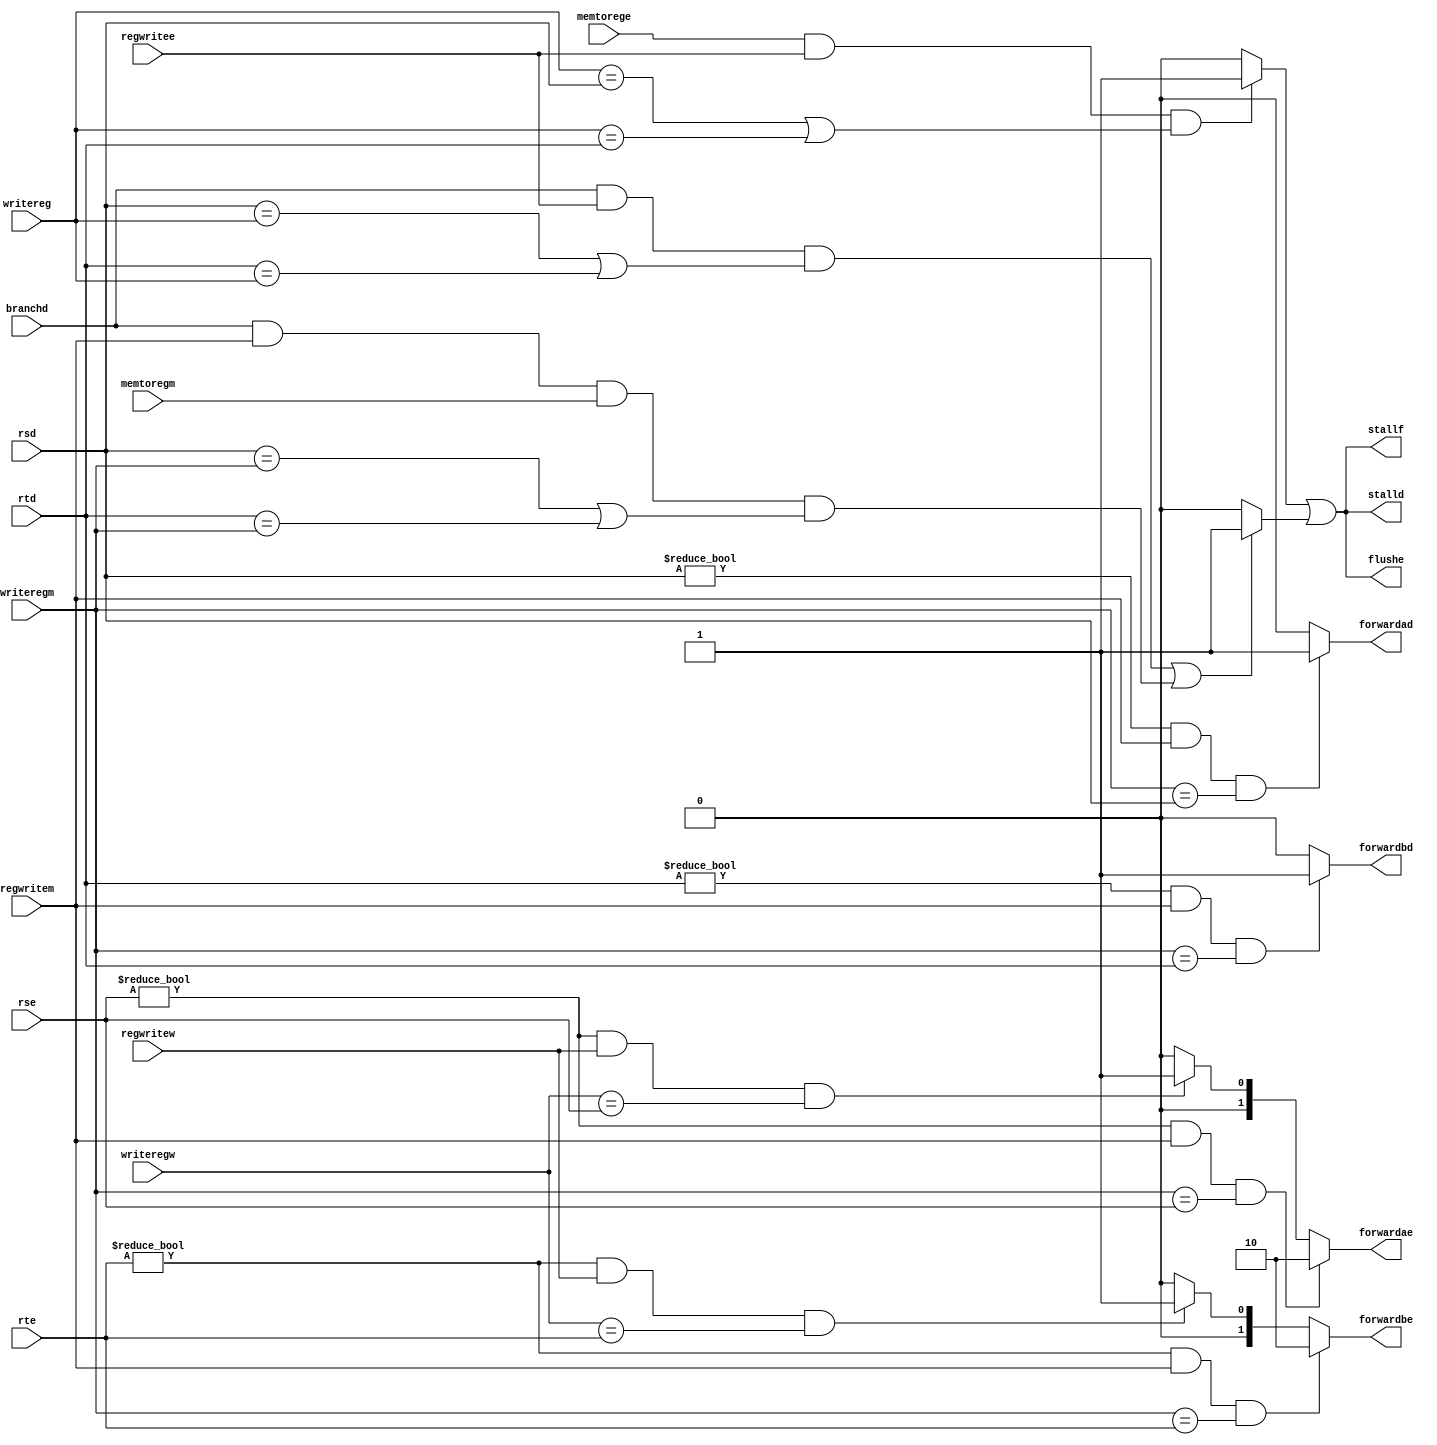
`timescale 1ns / 1ps
module Hazard_Pipeline(stallf, stalld, forwardad, forwardbd, flushe, forwardae, forwardbe, memtorege, regwritee, regwritem, regwritew, branchd, rsd, rtd, rse, rte, writereg, writeregm, memtoregm, writeregw);

	output stallf, stalld, forwardad, forwardbd, flushe;
	output [1:0] forwardae, forwardbe;
	input memtorege, regwritee, regwritem, regwritew, branchd, memtoregm;
	input [4:0] rsd, rtd, rse, rte, writereg, writeregm, writeregw;
	
	// memtorege
	
	wire [4:0]writerege;
	assign writerege = writereg;
	
	wire branchstall;
	
	assign forwardae = ((rse != 5'd0) && regwritem && (writeregm == rse))?2'b10:(((rse != 5'd0) && regwritew && (writeregw == rse))?2'b01:2'b00);
	assign forwardbe = ((rte != 5'd0) && regwritem && (writeregm == rte))?2'b10:(((rte != 5'd0) && regwritew && (writeregw == rte))?2'b01:2'b00);
	
	assign flushe = ((memtorege && regwritee && ((writerege == rsd) || (writerege == rtd)))?1'b1:1'b0) || (branchstall?1'b1:1'b0);
	assign stalld = ((memtorege && regwritee && ((writerege == rsd) || (writerege == rtd)))?1'b1:1'b0) || (branchstall?1'b1:1'b0);
	assign stallf = ((memtorege && regwritee && ((writerege == rsd) || (writerege == rtd)))?1'b1:1'b0) || (branchstall?1'b1:1'b0);
	
	assign forwardad = ((rsd != 5'd0) && regwritem && (writeregm == rsd))?1'b1:1'b0;
	assign forwardbd = ((rtd != 5'd0) && regwritem && (writeregm == rtd))?1'b1:1'b0;
	assign branchstall = (branchd && regwritee && ((rsd == writerege) || (rtd == writerege))) || (branchd && regwritem && memtoregm && ((rsd == writeregm) || (rtd == writeregm)));
	
endmodule